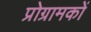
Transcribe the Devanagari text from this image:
प्रोग्रामकों